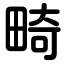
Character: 畸